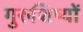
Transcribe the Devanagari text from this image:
गुरुशिष्यों